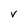
Character: V